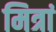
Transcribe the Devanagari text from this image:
मित्रां